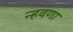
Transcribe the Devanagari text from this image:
न्हवणा